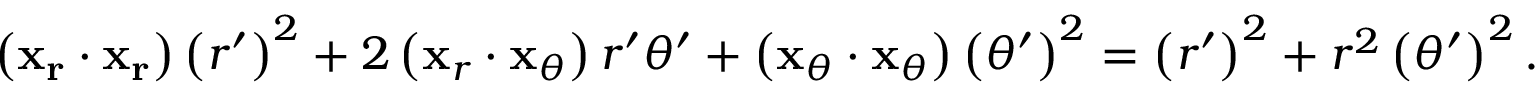
\left( \mathbf { x _ { r } } \cdot \mathbf { x _ { r } } \right) \left( r ^ { \prime } \right) ^ { 2 } + 2 \left( \mathbf { x } _ { r } \cdot \mathbf { x } _ { \theta } \right) r ^ { \prime } \theta ^ { \prime } + \left( \mathbf { x } _ { \theta } \cdot \mathbf { x } _ { \theta } \right) \left( \theta ^ { \prime } \right) ^ { 2 } = \left( r ^ { \prime } \right) ^ { 2 } + r ^ { 2 } \left( \theta ^ { \prime } \right) ^ { 2 } .